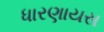
ધારણાયસ